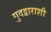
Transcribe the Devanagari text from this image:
गुदद्वाराशी